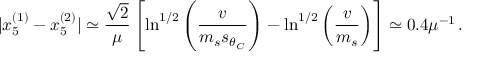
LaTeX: | x _ { 5 } ^ { ( 1 ) } - x _ { 5 } ^ { ( 2 ) } | \simeq \frac { \sqrt { 2 } } { \mu } \left[ \ln ^ { 1 / 2 } \left( \frac { v } { m _ { s } s _ { \theta _ { C } } } \right) - \ln ^ { 1 / 2 } \left( \frac { v } { m _ { s } } \right) \right] \simeq 0 . 4 \mu ^ { - 1 } \, .